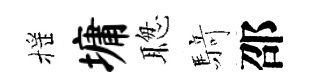
摇墉聦𮪍邵